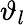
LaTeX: \vartheta_{l}